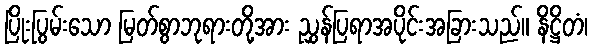
ပြိုးပြွမ်းသော မြတ်စွာဘုရားတို့အား ညွှန်ပြရာအပိုင်းအခြားသည်။ နိဋ္ဌိတံ၊